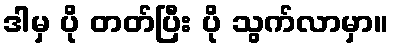
ဒါမှ ပို တတ်ပြီး ပို သွက်လာမှာ။